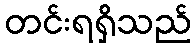
တင်းရရှိသည်